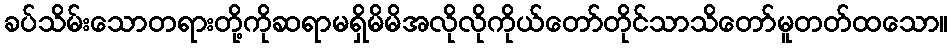
ခပ်သိမ်းသောတရားတို့ကိုဆရာမရှိမိမိအလိုလိုကိုယ်တော်တိုင်သာသိတော်မူတတ်ထသော။